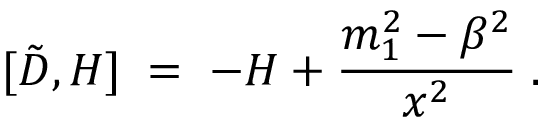
[ \tilde { D } , { \cal H } ] \; = \; - { \cal H } + \frac { m _ { 1 } ^ { 2 } - \beta ^ { 2 } } { x ^ { 2 } } \; .